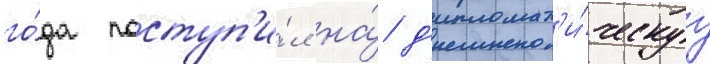
го́да поступ'и́л на́ д'ипломат'и́ческуу